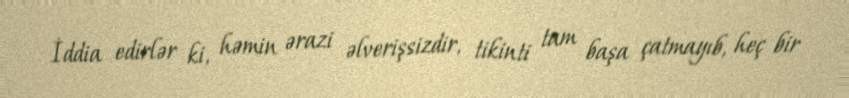
İddia edirlər ki, həmin ərazi əlverişsizdir, tikinti tam başa çatmayıb, heç bir